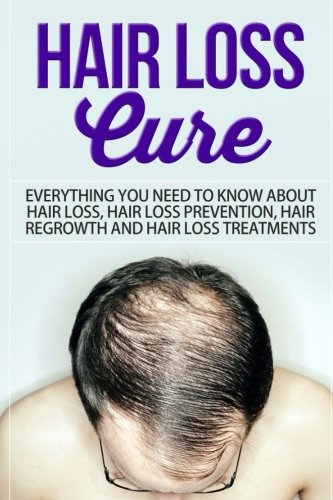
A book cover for Hair Loss Cure: Everything You Need to Know About Hair Loss, Hair Loss Prevention, Hair Re-growth and Hair Loss Treatments; SelfHelpStar Media; Health, Fitness & Dieting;